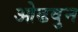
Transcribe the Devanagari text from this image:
ओढवुन